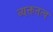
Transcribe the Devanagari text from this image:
व्यक्ततत्व